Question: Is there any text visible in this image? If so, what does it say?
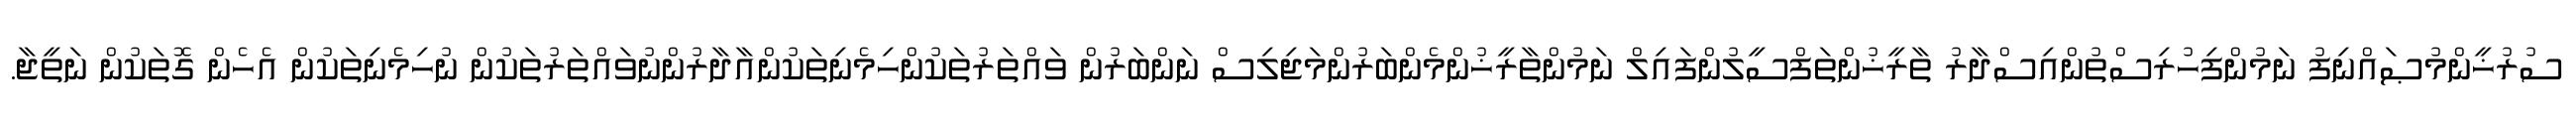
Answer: ސުރުޚީންމުޞައްނިފު ނަމުންފިހުރިސްތުންއިސްދާރު ތާރީޚުންތަފްސީލުންފައިލް ނަމުންތާރީޚުންމެންބަރުންމަޖިލިސް ނަންބަރުން ވައްތަރުތަކުންހިމެނިތަކުންއާދާރުންނުވައްތަރުތަކުން ނުހިމެނިތަކުން އެހެން ގޮތަކުން ނަތީޖާ.